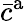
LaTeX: \bar{c}^{\mathrm{a}}